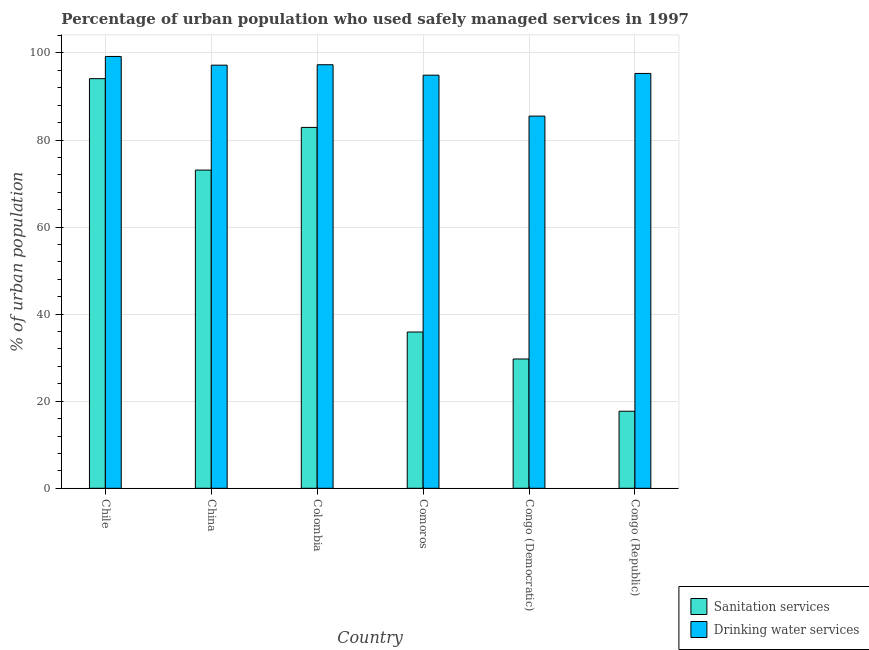
| Country | Sanitation services | Drinking water services |
 | --- | --- | --- |
 | Chile | 94.1 | 99.2 |
 | China | 73.1 | 97.2 |
 | Colombia | 82.9 | 97.3 |
 | Comoros | 35.9 | 94.9 |
 | Congo (Democratic) | 29.7 | 85.5 |
 | Congo (Republic) | 17.7 | 95.3 |